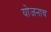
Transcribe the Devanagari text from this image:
योजनाच